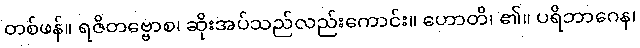
တစ်ဖန်။ ရဇိတဗ္ဗောစ၊ ဆိုးအပ်သည်လည်းကောင်း။ ဟောတိ၊ ၏။ ပရိဘာဂေန၊